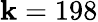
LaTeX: \mathbf{k}=198